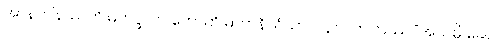
အာနာပါနဿတိ မဟပ္ဖလာ ဟောတိ မဟာနိသံသာ။ ၂၃၇။ တတြဿ “အယမ္ပိ ခေါ,